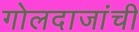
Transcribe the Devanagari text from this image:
गोलदाजांची